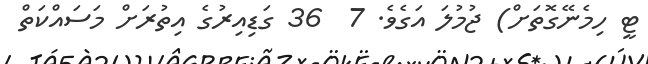
ޓީ ހިމެނޭގޮތަށް) ޖުމުލަ އަގެވެ. 7  36 ގަޑިއިރުގެ އިތުރަށް މަސައްކަތް